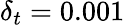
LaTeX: \delta_{t}=0.001